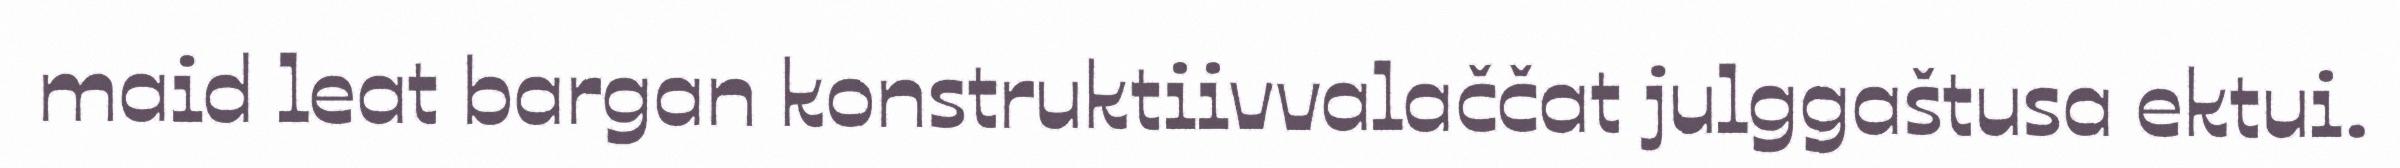
maid leat bargan konstruktiivvalaččat julggaštusa ektui.